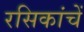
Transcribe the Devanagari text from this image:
रसिकांचें